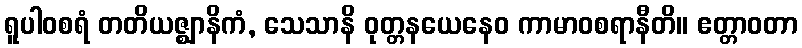
ရူပါဝစရံ တတိယဇ္ဈာနိကံ, သေသာနိ ဝုတ္တနယေနေဝ ကာမာဝစရာနီတိ။ ဧတ္တာဝတာ